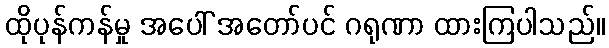
ထိုပုန်ကန်မှု အပေါ် အတော်ပင် ဂရုဏာ ထားကြပါသည်။